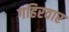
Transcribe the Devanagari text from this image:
गहिरवार